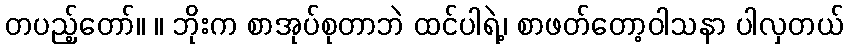
တပည့်တော်။ ။ ဘိုးက စာအုပ်စုတာဘဲ ထင်ပါရဲ့၊ စာဖတ်တော့ဝါသနာ ပါလှတယ်